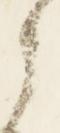
之